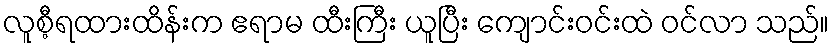
လူစီ့ရထားထိန်းက ဧရာမ ထီးကြီး ယူပြီး ကျောင်းဝင်းထဲ ဝင်လာ သည်။